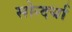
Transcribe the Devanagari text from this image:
सोन्दर्या